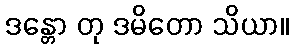
ဒန္တော တု ဒမိတော သိယာ။